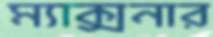
ম্যাক্সনার